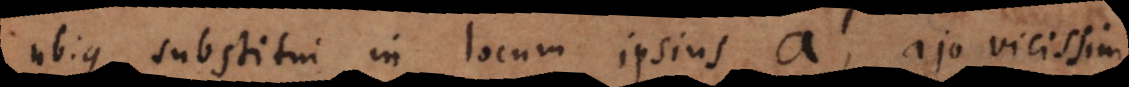
ubique substitui in locum ipsius a, ajo vicissim